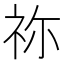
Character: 祢